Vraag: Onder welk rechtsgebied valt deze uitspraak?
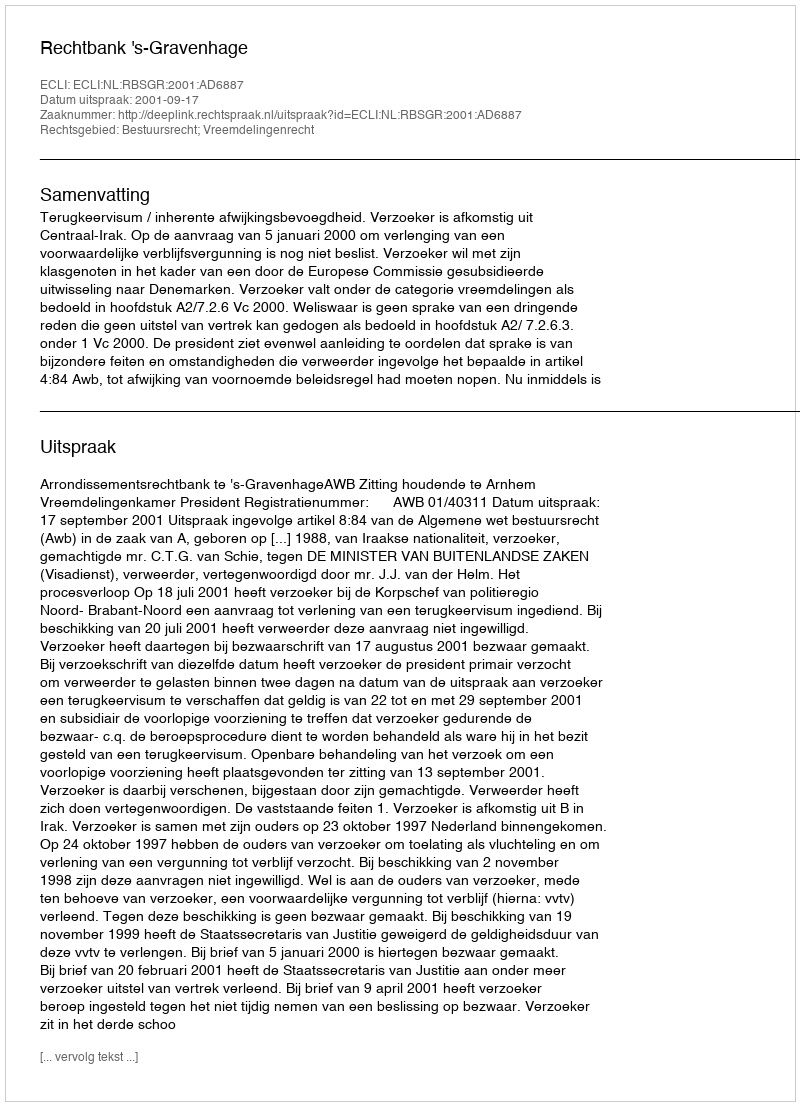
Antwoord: Bestuursrecht; Vreemdelingenrecht